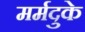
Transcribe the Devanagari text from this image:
मर्मदुके